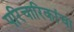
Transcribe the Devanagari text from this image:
परिचारिकांचा